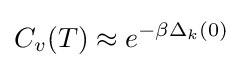
C_{v}(T)\approx e^{-\beta \Delta _{k}(0)}